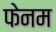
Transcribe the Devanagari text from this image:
फेनम